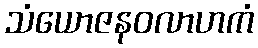
သံယောဇနဝလာဟကံ